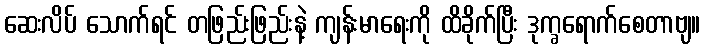
ဆေးလိပ် သောက်ရင် တဖြည်းဖြည်းနဲ့ ကျန်းမာရေးကို ထိခိုက်ပြီး ဒုက္ခရောက်စေတာဗျ။